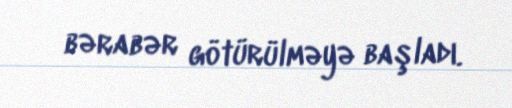
bərabər götürülməyə başladı.